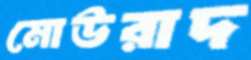
মোউরাদ